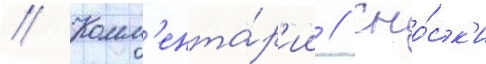
// Комм'ента́р'ии // Сно́ск'и